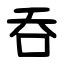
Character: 吞